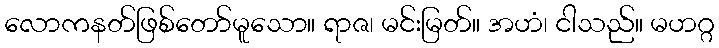
လောကနတ်ဖြစ်တော်မူသော။ ရာဇ၊ မင်းမြတ်။ အဟံ၊ ငါသည်။ မဟဂ္ဂ